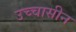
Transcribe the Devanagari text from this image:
उच्चासीन